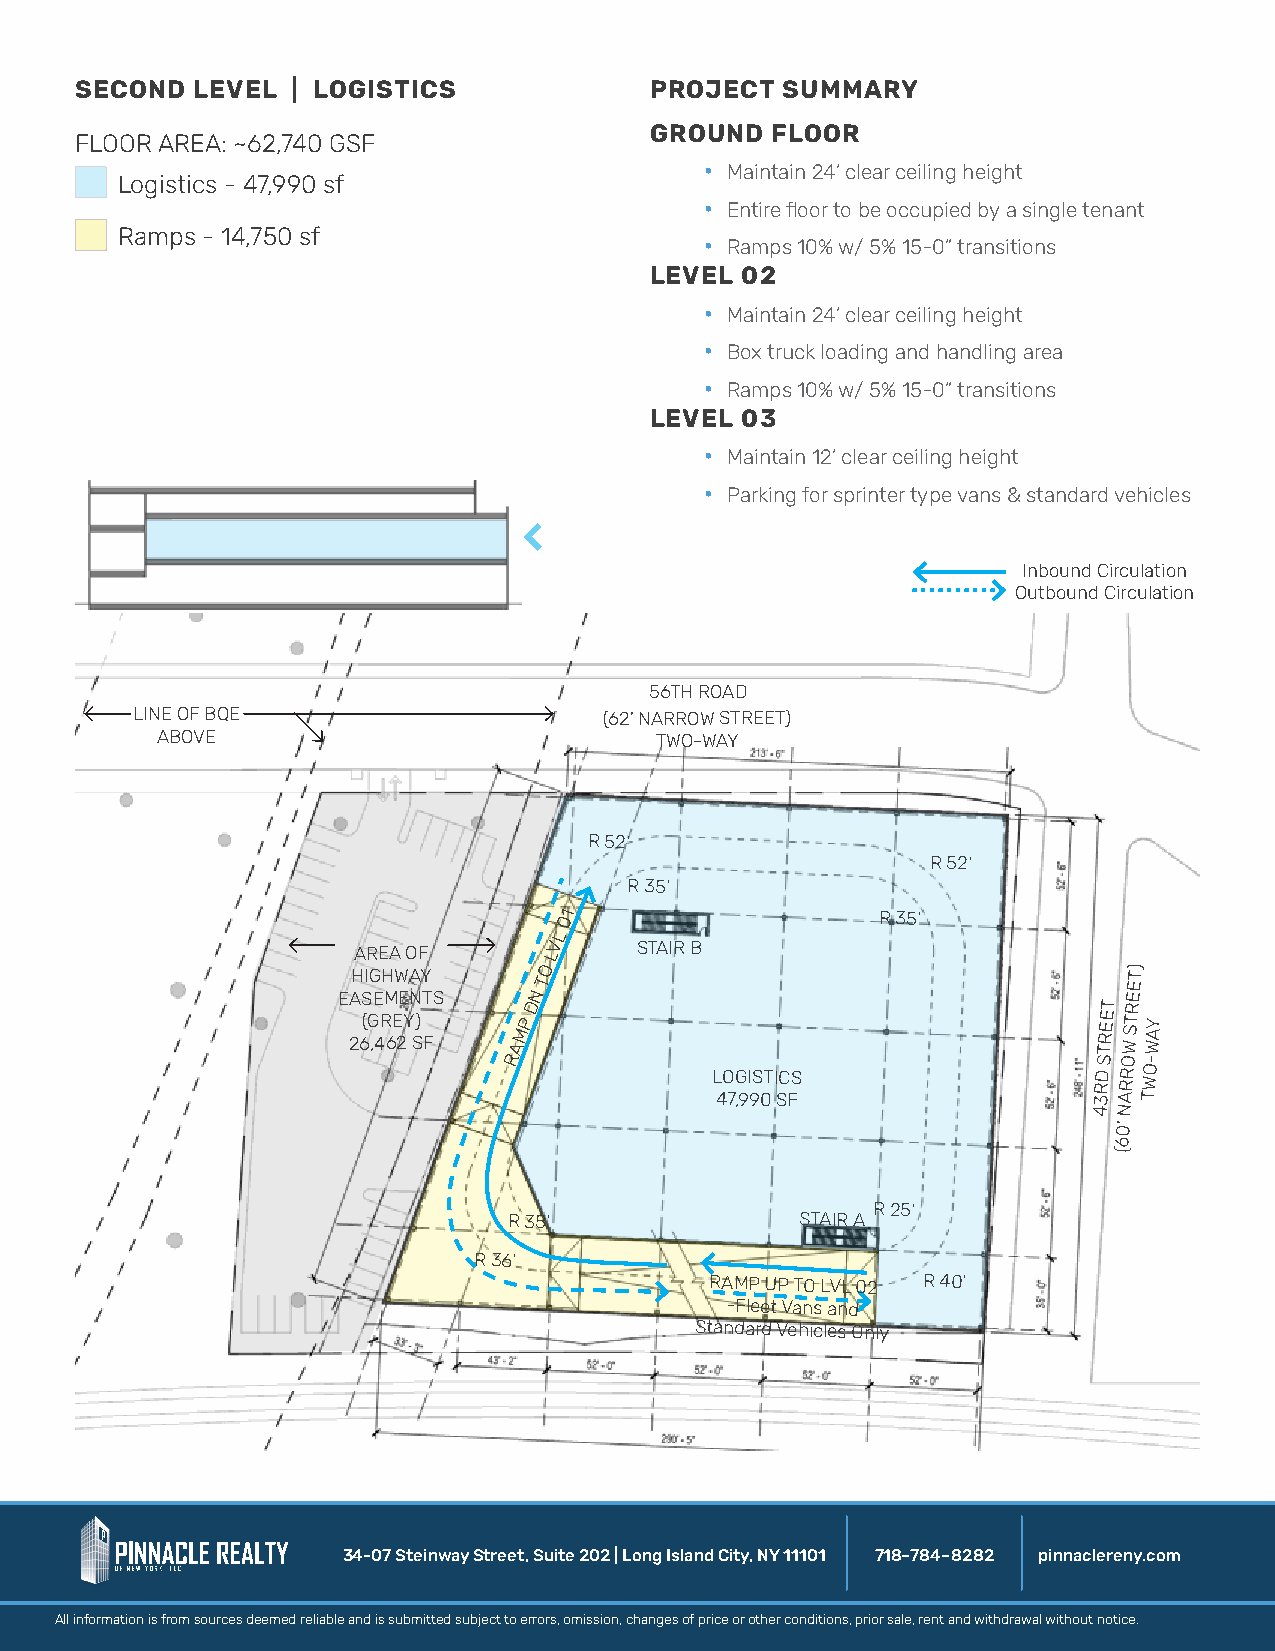
SECOND  LEVEL | LOGISTICS             PROJECT  SUMMARY
 GROUND  FLOOR
 FLOOR AREA: ~62,740 GSF
 · Maintain 24’ clear ceiling height
 Logistics - 47,990 sf
 · Entire floor to be occupied by a single tenant
 Ramps - 14,750 sf
 · Ramps 10% w/ 5% 15-0” transitions
 LEVEL 02
 · Maintain 24’ clear ceiling height
 · Box truck loading and handling area
 · Ramps 10% w/ 5% 15-0” transitions
 LEVEL 03
 · Maintain 12’ clear ceiling height
 · Parking for sprinter type vans & standard vehicles
 Inbound Circulation
 Outbound Circulation
 56TH ROAD
 LINE OF BQE                    (62’ NARROW STREET)
 ABOVE                            TWO-WAY
 R 52’
 R 52’
 R 35’
 01                   R 35’
 L
 AREA OF      LV    STAIR B
 EAH SIG EH MW EA NY
 T S    N
 TO                                     EET)
 D                                     T R
 26(G ,4R 6E 2Y S)
 F
 AMP                                    TREE
 W
 ST WAY
 R                                      S O-
 LOGISTICS                RD RR WO
 47,990 SF                3 AT
 4 N
 0’
 6
 (
 R 25’
 R 35’              STAIR A
 R 36’
 RAMP UP TO LVL 02 R 40’
 -Fleet Vans and
 Standard Vehicles Only
 34-07 Steinway Street, Suite 202 | Long Island City, NY 11101 718–784–8282 pinnaclereny.com
 All information is from sources deemed reliable and is submitted subject to errors, omission, changes of price or other conditions, prior sale, rent and withdrawal without notice.